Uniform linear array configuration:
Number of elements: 4
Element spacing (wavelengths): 0.25
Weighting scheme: hann
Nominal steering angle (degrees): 30
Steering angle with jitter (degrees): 31.458
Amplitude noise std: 0.05
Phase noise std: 0.05

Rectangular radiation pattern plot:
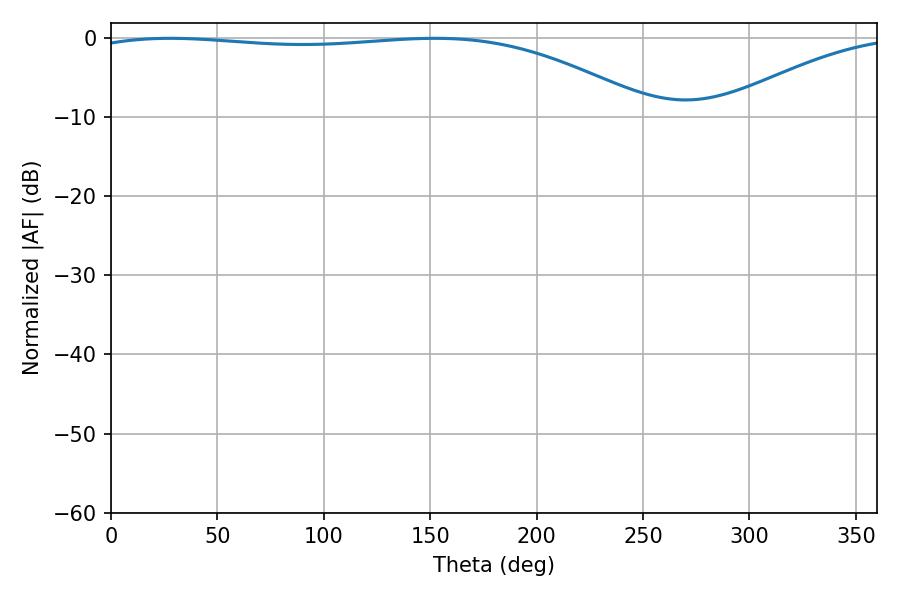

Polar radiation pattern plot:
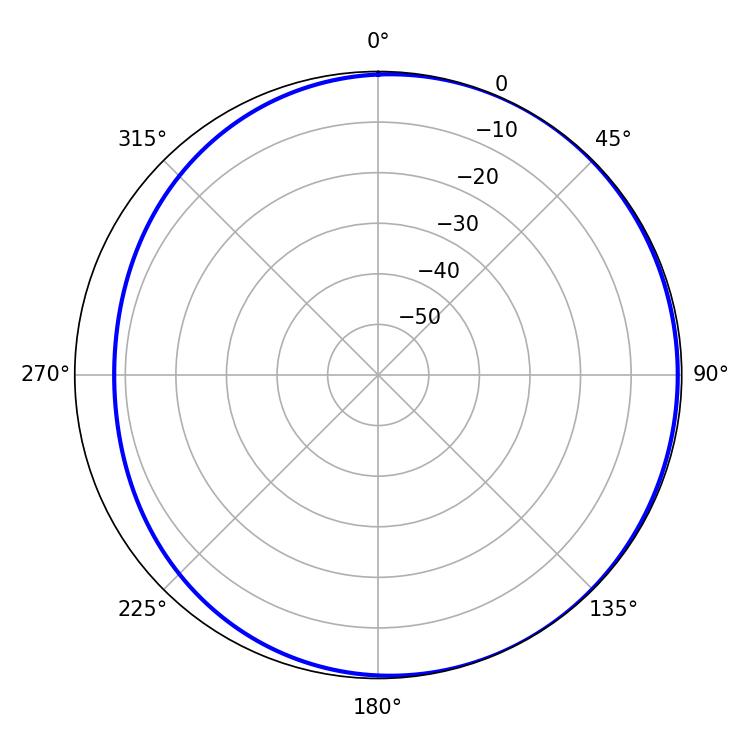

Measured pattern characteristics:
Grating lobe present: FALSE
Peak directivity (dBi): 2.253
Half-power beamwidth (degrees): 212.22
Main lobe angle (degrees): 27.9